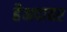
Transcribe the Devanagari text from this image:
हैभदावर